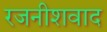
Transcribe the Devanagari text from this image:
रजनीशवाद